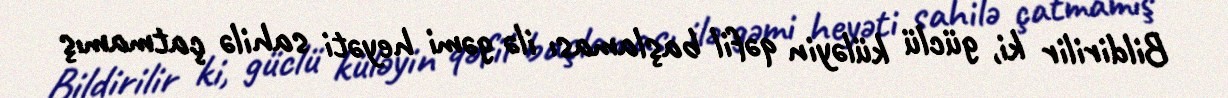
Bildirilir ki, güclü küləyin qəfil başlaması ilə gəmi heyəti sahilə çatmamış